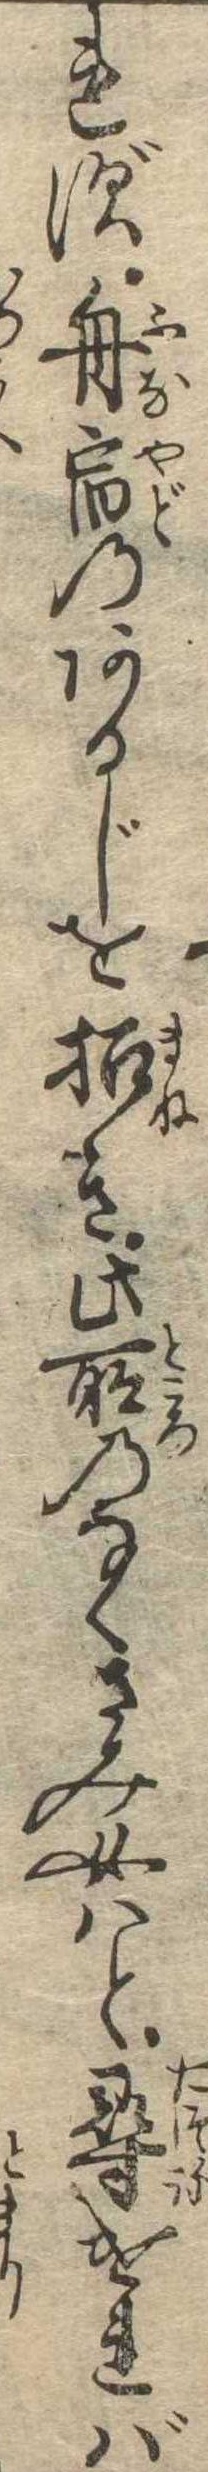
れず舟宿のあるじを招き此所のなくさみ女はと尋ければ